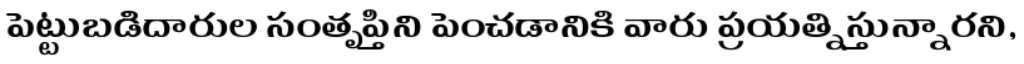
పెట్టుబడిదారుల సంతృప్తిని పెంచడానికి వారు ప్రయత్నిస్తున్నారని,